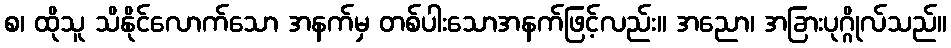
စ၊ ထိုသူ သိနိုင်လောက်သော အနက်မှ တစ်ပါးသောအနက်ဖြင့်လည်း။ အညော၊ အခြားပုဂ္ဂိုလ်သည်။